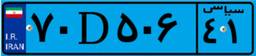
۷۰D۵۰۶۴۱